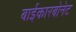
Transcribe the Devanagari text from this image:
बाईकारबोनेट